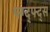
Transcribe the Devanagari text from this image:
फ्ग्द्फ्द्स